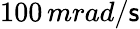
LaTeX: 100\, mrad/\mathsf{s}